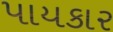
પાયકાર